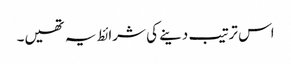
اس ترتیب دینے کی شرائط یہ تھیں۔